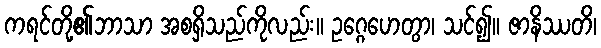
ကရင်တို့၏ဘာသာ အစရှိသည်ကိုလည်း။ ဥဂ္ဂေဟေတွာ၊ သင်၍။ ဇာနိဿတိ၊